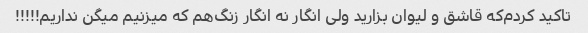
تاکید کردم‌که قاشق و لیوان بزارید ولی انگار نه انگار زنگ‌هم که میزنیم میگن نداریم!!!!!